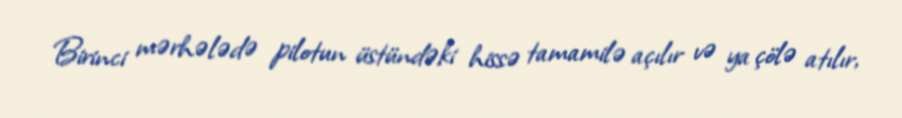
Birinci mərhələdə pilotun üstündəki hissə tamamilə açılır və ya çölə atılır,